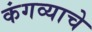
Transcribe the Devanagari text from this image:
कंगव्याचे